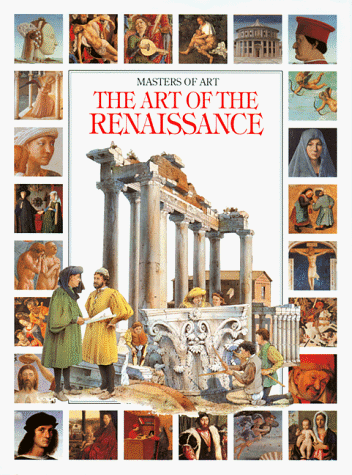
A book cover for The Art of the Renaissance; Lucia Corrain; Children's Books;